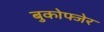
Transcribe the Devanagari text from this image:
बुकोफ्जेर